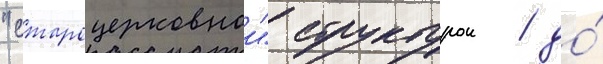
"староцерковнои" структурои / до́